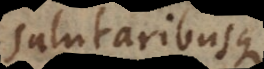
salutaribusque